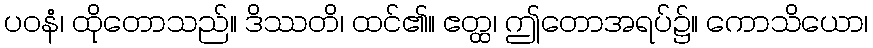
ပဝနံ၊ ထိုတောသည်။ ဒိဿတိ၊ ထင်၏။ ဧတ္ထ၊ ဤတောအရပ်၌။ ကောသိယော၊